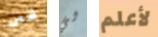
شخص لي لأعلم